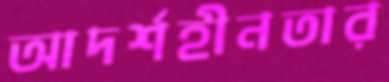
আদর্শহীনতার